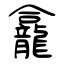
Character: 龕